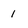
Character: 1